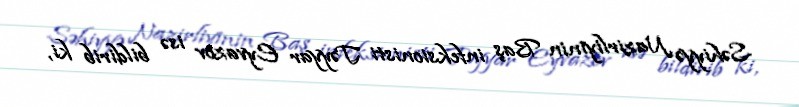
Səhiyyə Nazirliyinin Baş infeksionisti Təyyar Eyvazov isə bildirib ki,